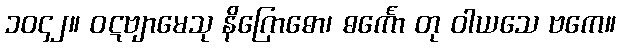
၁၀၄၂။ ဝဋဗျာမေသု နိဂြောဓော၊ ဓင်္ကော တု ဝါယသေ ဗကေ။